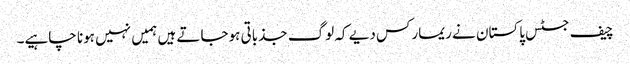
چیف جسٹس پاکستان نے ریمارکس دیے کہ لوگ جذباتی ہوجاتے ہیں ہمیں نہیں ہونا چاہیے۔